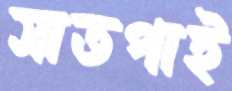
সাতপাই